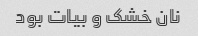
نان خشک و بیات بود